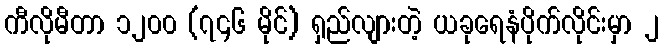
ကီလိုမီတာ ၁၂၀၀ (၇၄၆ မိုင်) ရှည်လျားတဲ့ ယခုရေနံပိုက်လိုင်းမှာ ၂